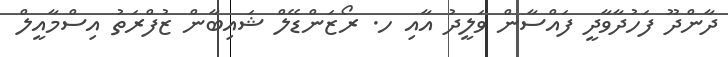
ދާންދޫ ފަހުދާވާދީ ފައްސާން ވަލީދު އާއި ހ. ރޯޒަންޑޭލް ޝައިބާން ޒުފްރަތު އިސްމާއީލް